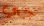
جي